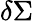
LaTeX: \delta\Sigma